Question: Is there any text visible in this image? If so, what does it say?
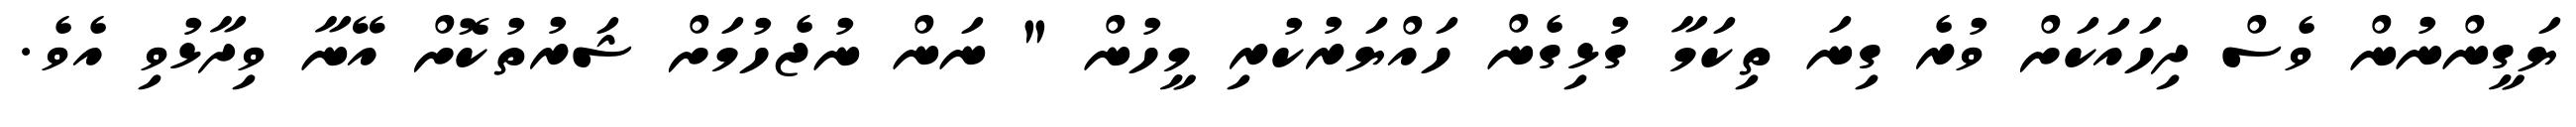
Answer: ޔަގީންނުން ވެސް ދިހައަކަށް ވުރެ ގިނަ ތިކަމާ ގުޅިގެން ހައްޔަރުކުރި މީހުން " ނަން ނުޖެހުމަށް ޝަރުތުކޮށް އޭނާ ވިދާޅުވި އެވެ.